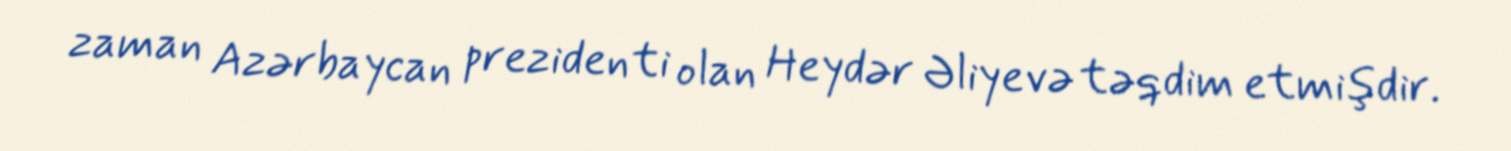
zaman Azərbaycan prezidenti olan Heydər Əliyevə təqdim etmişdir.